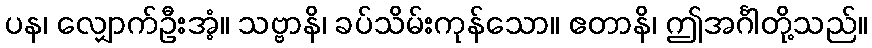
ပန၊ လျှောက်ဦးအံ့။ သဗ္ဗာနိ၊ ခပ်သိမ်းကုန်သော။ ဧတာနိ၊ ဤအင်္ဂါတို့သည်။